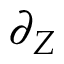
\partial _ { Z }